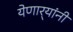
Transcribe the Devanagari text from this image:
येणार्‍यांनी